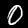
Label: 0